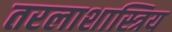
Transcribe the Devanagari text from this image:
तरलाशास्त्रिय